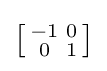
\left[{\begin{smallmatrix}-1&0\\0&1\\\end{smallmatrix}}\right]